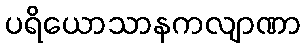
ပရိယောသာနကလျာဏာ